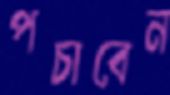
পচাবেন